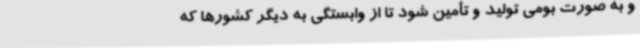
و به صورت بومی تولید و تأمین شود تا از وابستگی به دیگر کشورها که